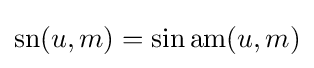
\operatorname {sn} (u,m)=\sin \operatorname {am} (u,m)